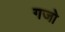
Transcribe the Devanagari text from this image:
गजो